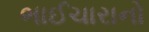
ભાઈચારાનો